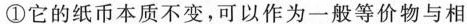
\textcircled {1}它的纸币本质不变，可以作为一般等价物与相